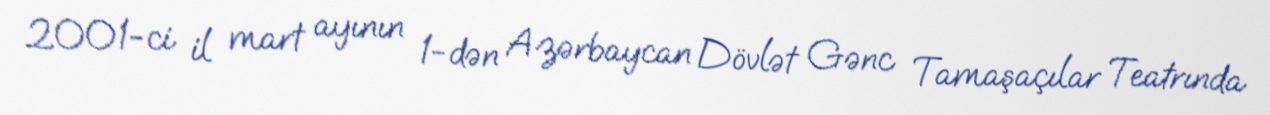
2001-ci il mart ayının 1-dən Azərbaycan Dövlət Gənc Tamaşaçılar Teatrında